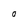
Character: O